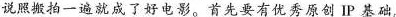
说照搬拍一遍就成了好电影。首先要有优秀原创IP基础